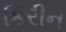
કિરીન